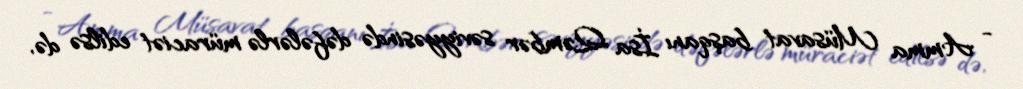
- Amma Müsavat başqanı İsa Qəmbər səviyyəsində dəfələrlə müraciət edilsə də,